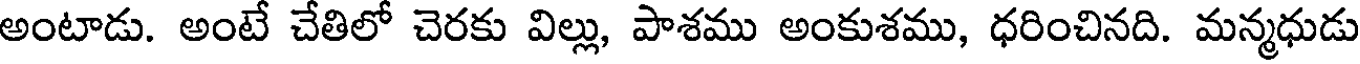
అంటాడు. అంటే చేతిలో చెరకు విల్లు, పాశము అంకుశము, ధరించినది. మన్మధుడు